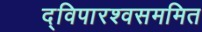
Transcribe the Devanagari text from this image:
द्विपारश्वसममित